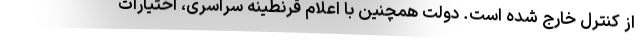
از کنترل خارج شده است. دولت همچنین با اعلام قرنطینه سراسری، اختیارات